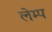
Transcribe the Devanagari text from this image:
लेम्प